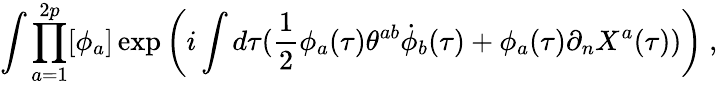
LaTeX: \int\prod_{a=1}^{2p}[\phi_{a}]\exp\left(i\int d\tau(\frac{1}{2}\phi_{a}(\tau)\theta^{ab}\dot{\phi}_{b}(\tau)+\phi_{a}(\tau)\partial_{n}X^{a}(\tau))\right)\ ,